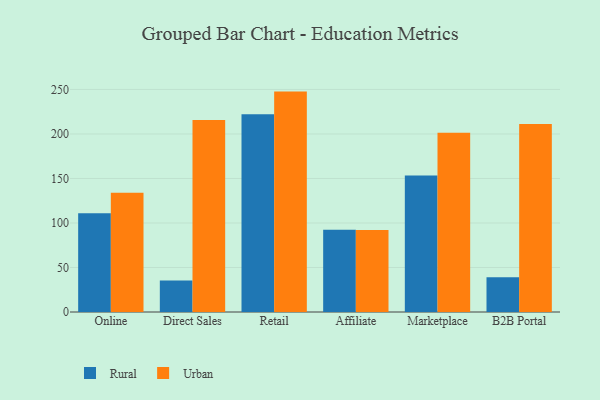
{"axis": {"x": "Channel", "y": "Bounce Rate (%)"}, "legend": ["Rural", "Urban"], "data": [{"x": "Online", "y": 110.8, "type": "Rural"}, {"x": "Online", "y": 133.9, "type": "Urban"}, {"x": "Direct Sales", "y": 35.3, "type": "Rural"}, {"x": "Direct Sales", "y": 215.7, "type": "Urban"}, {"x": "Retail", "y": 222.2, "type": "Rural"}, {"x": "Retail", "y": 247.6, "type": "Urban"}, {"x": "Affiliate", "y": 92.5, "type": "Rural"}, {"x": "Affiliate", "y": 92.0, "type": "Urban"}, {"x": "Marketplace", "y": 153.4, "type": "Rural"}, {"x": "Marketplace", "y": 201.5, "type": "Urban"}, {"x": "B2B Portal", "y": 38.9, "type": "Rural"}, {"x": "B2B Portal", "y": 211.3, "type": "Urban"}]}